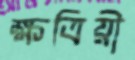
ক্ষত্রিয়ী